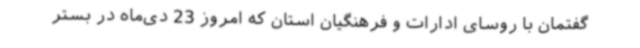
گفتمان با روسای ادارات و فرهنگیان استان که امروز 23 دی‌ماه در بستر